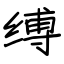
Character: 缚